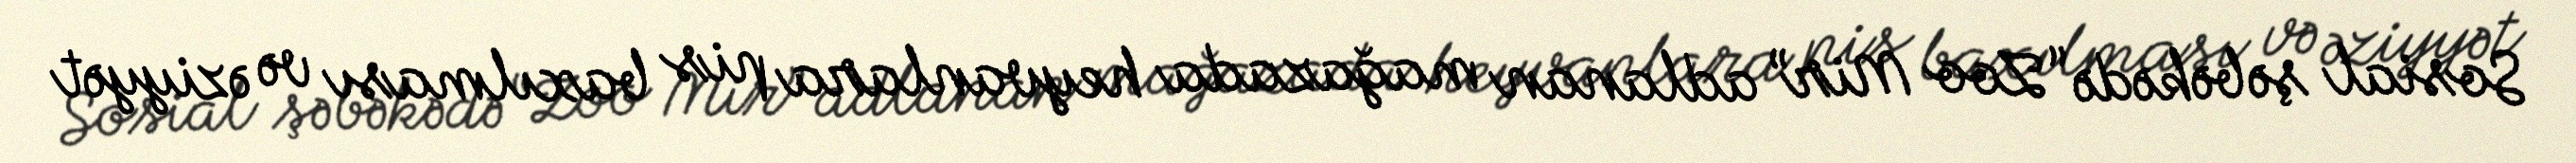
Sosial şəbəkədə “Zoo Mir” adlanan mağazada heyvanlara pis baxılması və əziyyət